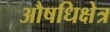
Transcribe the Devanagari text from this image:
औषधिक्षेत्र